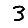
Digit: 3